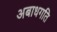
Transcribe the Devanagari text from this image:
अबाधगति